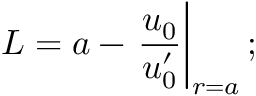
L = a - \left. \frac { u _ { 0 } } { u _ { 0 } ^ { \prime } } \right| _ { r = a } ;